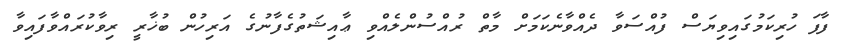
ފާފަ ހުރިކަމުގައިވިޔަސް ފުއްސަވާ ދެއްވާނެކަމަށް މާތް ރުއްސުންލެއްވި ޢާއިޝަތުގެފާނުގެ އަރިހުން ބުޚާރީ ރިވާކުރައްވާފައިވާ